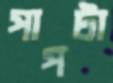
পাপটা